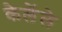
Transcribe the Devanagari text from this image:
केलेंले